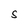
Character: S